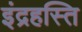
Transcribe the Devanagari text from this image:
इंद्रहस्ति